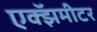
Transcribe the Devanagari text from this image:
एक्झॅमीटर